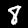
Digit: 8